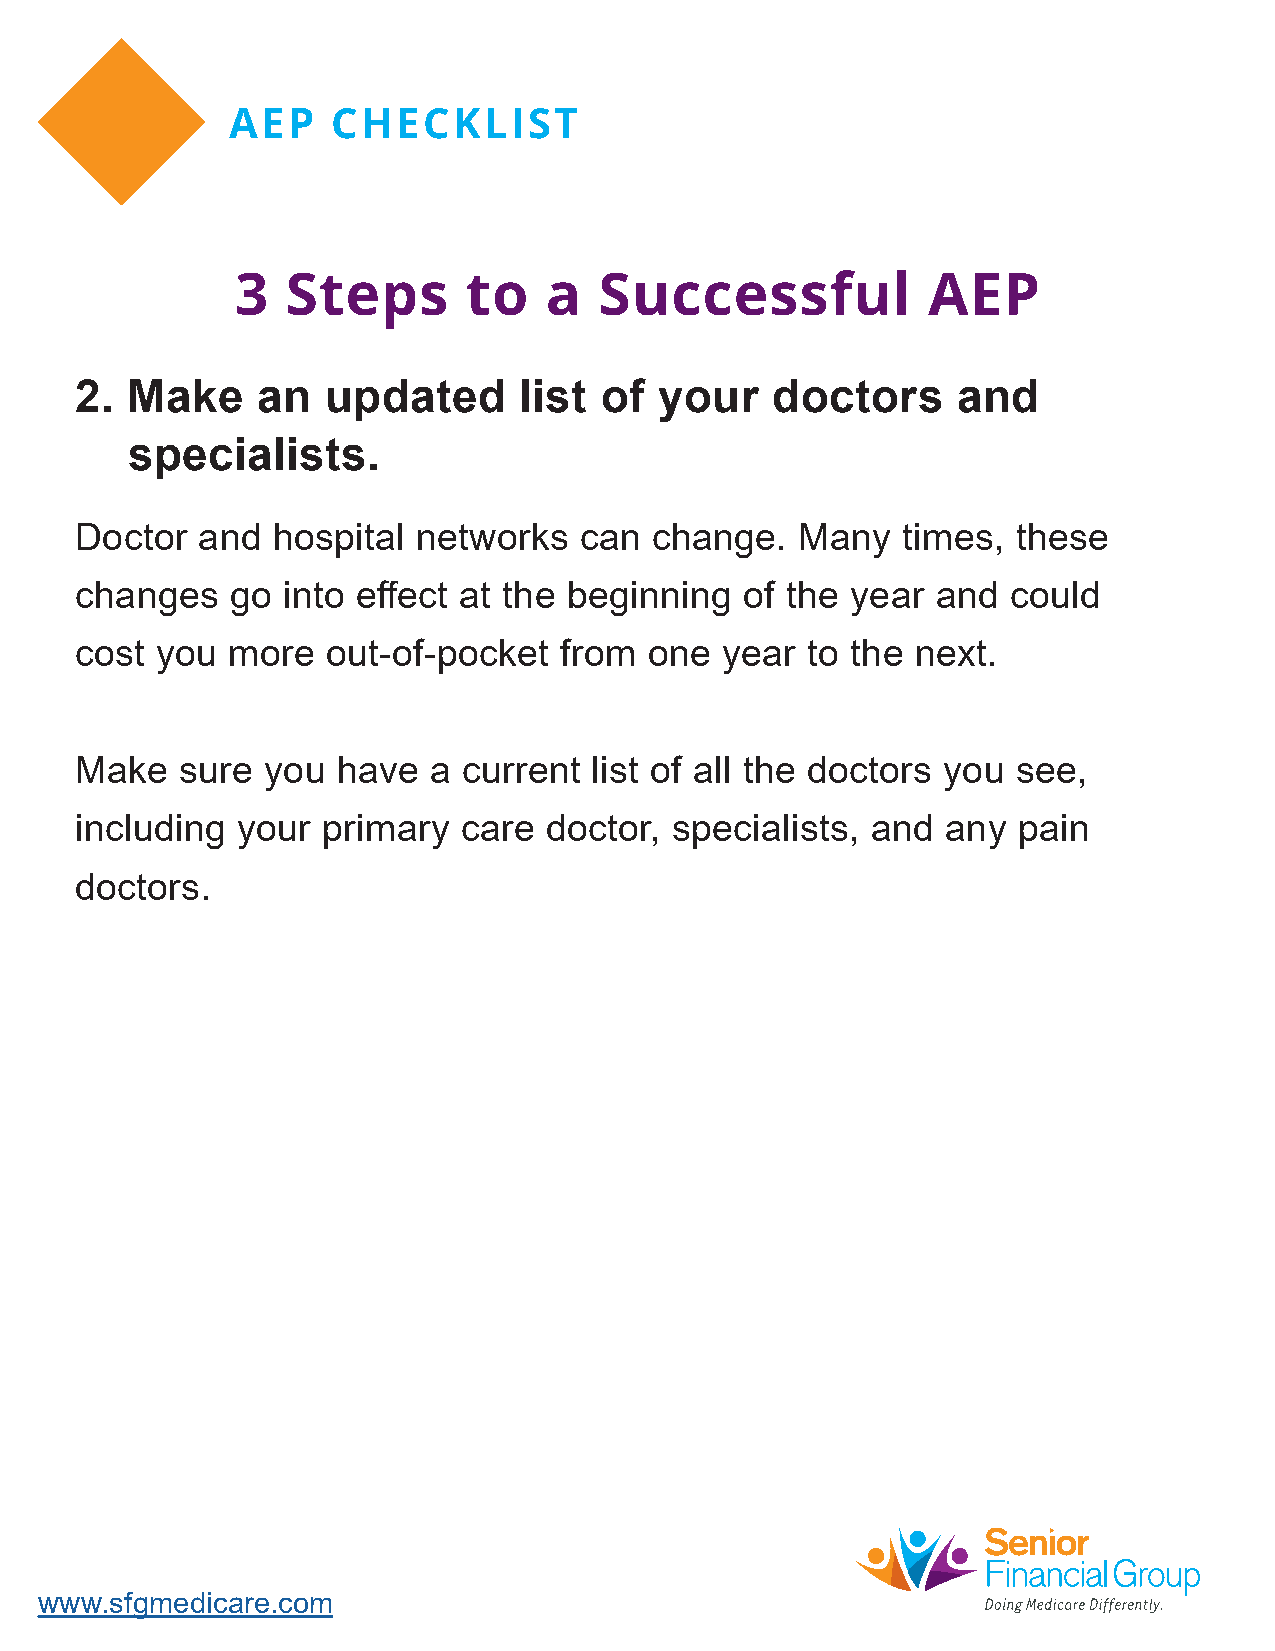
AEP    CHECKLIST
 3  Steps       to   a   Successful           AEP
 2. Make     an  updated      list  of  your   doctors     and
 specialists.
 Doctor  and  hospital  networks  can  change.   Many   times, these
 changes   go  into effect at the beginning  of the year  and  could
 cost you  more   out-of-pocket  from  one  year to the  next.
 Make   sure you  have  a  current list of all the doctors you see,
 including  your primary   care doctor, specialists,  and  any pain
 doctors.
 www.sfgmedicare.com